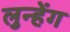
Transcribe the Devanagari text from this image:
लुन्हेंग